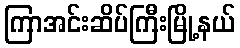
ကြာအင်းဆိပ်ကြီးမြို့နယ်